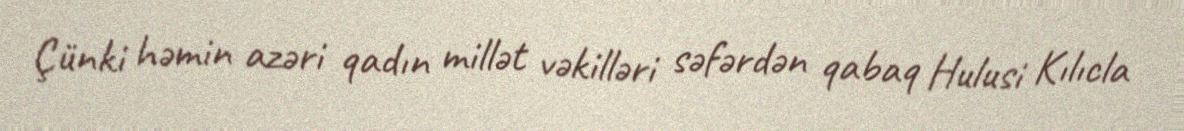
Çünki həmin azəri qadın millət vəkilləri səfərdən qabaq Hulusi Kılıcla